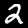
Digit: 2